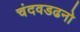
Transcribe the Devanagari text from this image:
चंदवडढनो